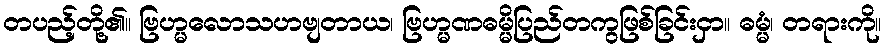
တပည့်တို့၏။ ဗြဟ္မလောသဟဗျတာယ၊ ဗြဟ္မဏဓမ္မိပြည်တကွဖြစ်ခြင်းငှာ။ ဓမ္မံ၊ တရားကို။